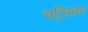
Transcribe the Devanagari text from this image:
चन्र्दिका